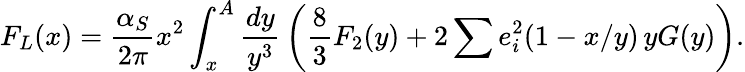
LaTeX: F_{L}(x)={\frac{\alpha_{S}}{2\pi}}x^{2}\int_{x}^{A}{\frac{dy}{y^{3}}}\left({\frac{8}{3}}F_{2}(y)+2\sum e_{i}^{2}(1-x/y)\, yG(y)\right).